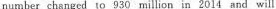
number changed to 930 million in 2014 and will